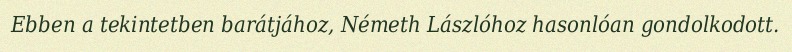
Ebben a tekintetben barátjához, Németh Lászlóhoz hasonlóan gondolkodott.